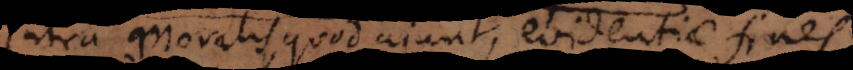
intra moralis, quod ajunt, evidentiae fines